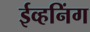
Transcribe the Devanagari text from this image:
ईव्हनिंग